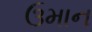
ઉમાન